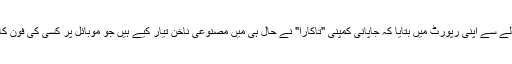
العربیہ ڈاٹ نیٹ نے 'ڈیلی میل' کے حوالے سے اپنی رپورٹ میں بتایا کہ جاپانی کمپنی "تاکارا" نے حال ہی میں مصنوعی ناخن تیار کیے ہیں جو موبائل پر کسی کی فون کال آنے پر خود بہ خود چمک اٹھتے ہیں۔